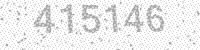
Solution: 415146